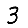
Digit: 3